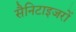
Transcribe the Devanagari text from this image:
सैनिटाइजरों